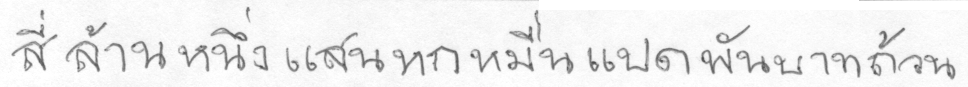
สี่ล้านหนึ่งแสนหกหมื่นแปดพันบาทถ้วน